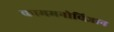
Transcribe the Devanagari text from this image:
काममनोविज्ञान